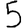
Digit: 5